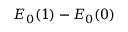
E _ { 0 } ( 1 ) - E _ { 0 } ( 0 )